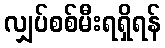
လျှပ်စစ်မီးရရှိရန်